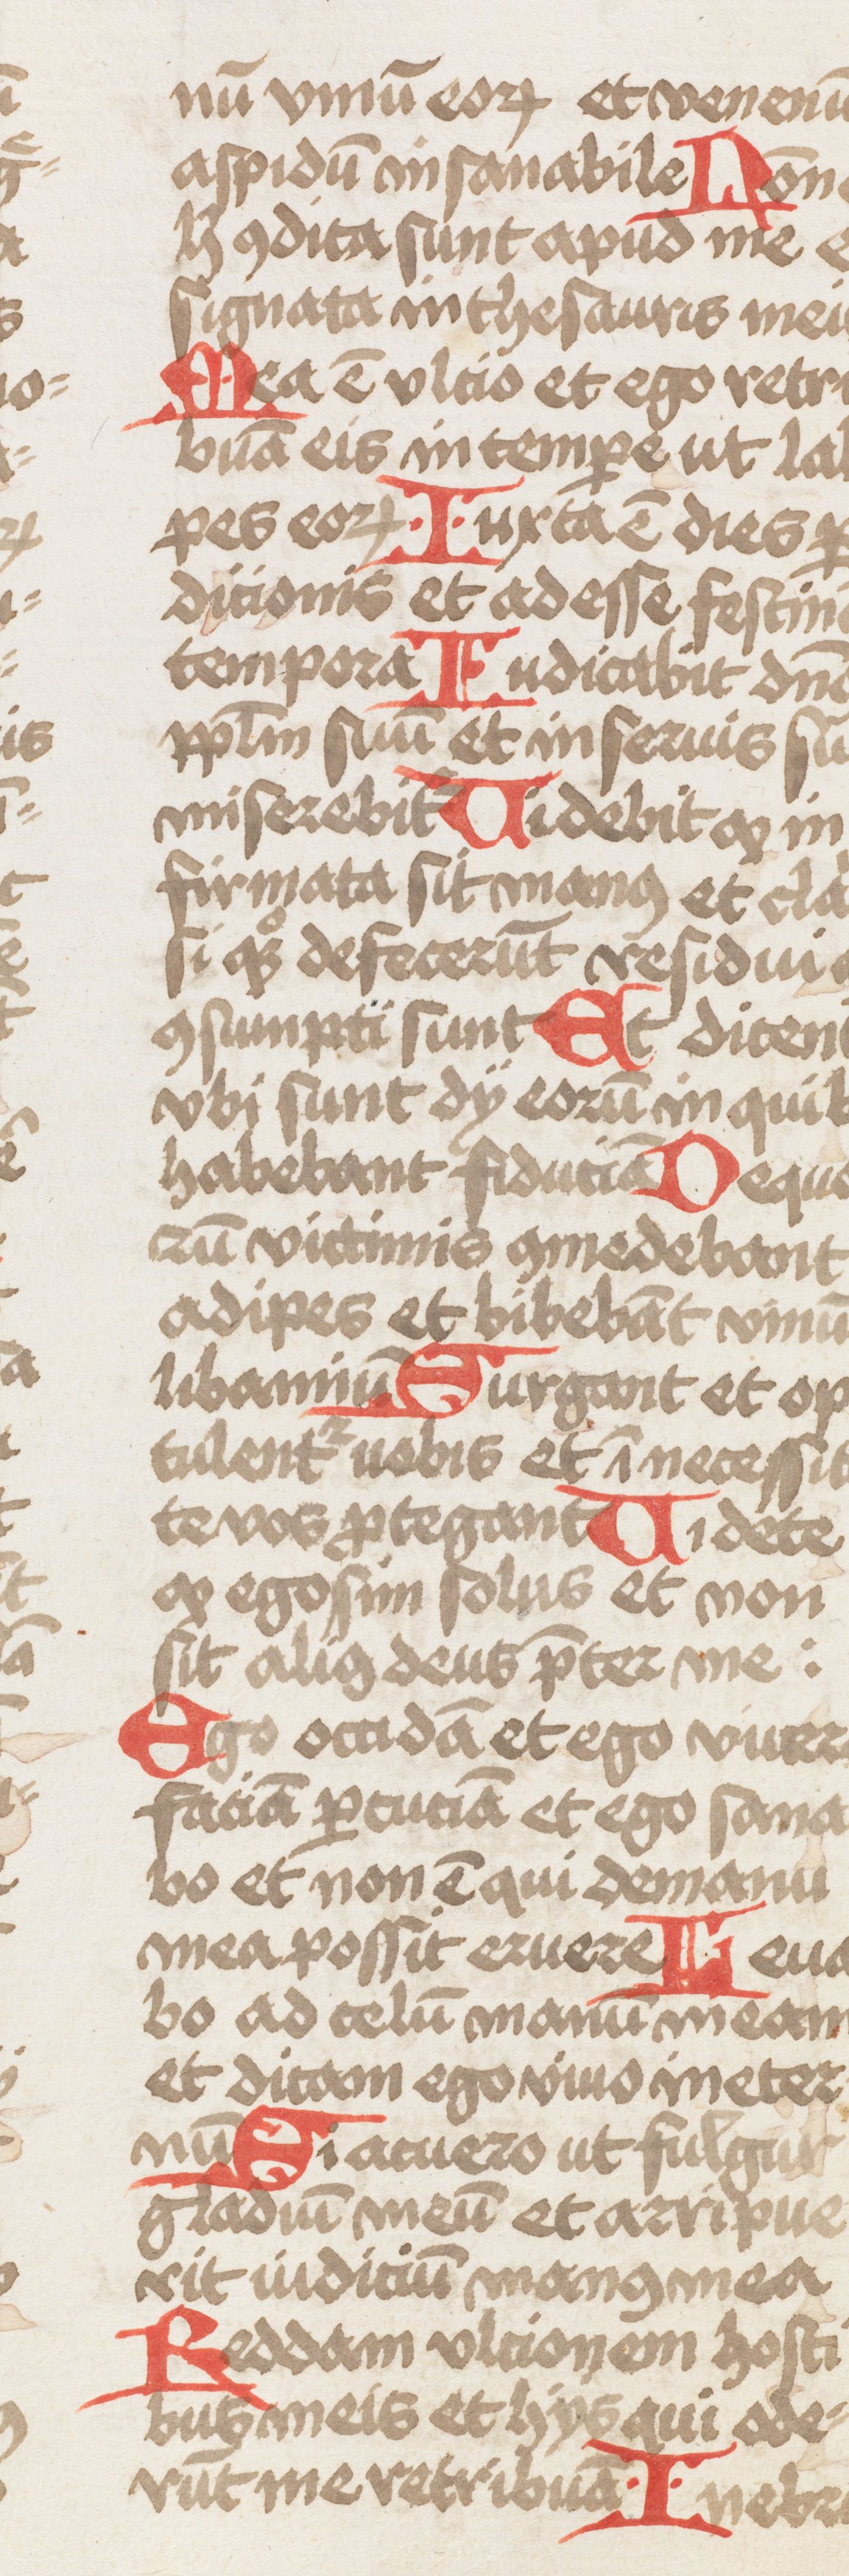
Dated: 1466–1466